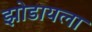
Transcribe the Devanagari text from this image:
झोडायला